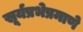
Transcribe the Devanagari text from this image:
सूर्यप्रभेप्रमाणे